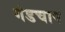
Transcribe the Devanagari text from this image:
गंडचाप